Indian journal of veterinary science and animal husbandry - Volumes 22-23, 1952-1953
Year: 1952
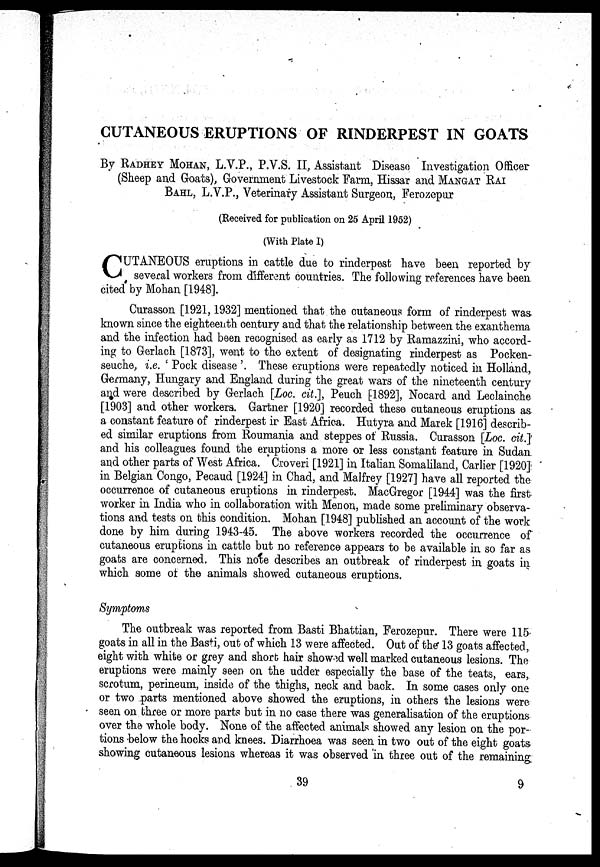
CUTANEOUS ERUPTIONS OF RINDERPEST IN GOATS
By RADHEY MOHAN, L.V.P., P.V.S. II, Assistant Disease Investigation Officer
(Sheep and Goats), Government Livestock Farm, Hissar and MANGAT RAI
BAHL, L.V.P., Veterinary Assistant Surgeon, Ferozepur
(Received for publication on 25 April 1952)
(With Plate I)
C UTANEOUS eruptions in cattle due to rinderpest have been reported by
several workers from different countries. The following references have been
cited by Mohan [1948].
Curasson [1921, 1932] mentioned that the cutaneous form of rinderpest was
known since the eighteenth century and that the relationship between the exanthema
and the infection had been recognised as early as 1712 by Ramazzini, who accord-
ing to Gerlach [1873], went to the extent of designating rinderpest as Pocken-
seuche, i.e. 'Pock disease'. These eruptions were repeatedly noticed in Holland,
Germany, Hungary and England during the great wars of the nineteenth century
and were described by Gerlach [LOC. cit.], Peuch [1892], Nocard and Leclainche
[1903] and other workers. Gartner [1920] recorded these cutaneous eruptions as
a constant feature of rinderpest in East Africa. Hutyra and Marek [1916] describ-
ed similar eruptions from Roumania and steppes of Russia. Curasson [LOC. cit.]
and his colleagues found the eruptions a more or less constant feature in Sudan
and other parts of West Africa. Croveri [1921] in Italian Somaliland, Carlier [1920]
in Belgian Congo, Pecaud [1924] in Chad, and Malfrey [1927] have all reported the
occurrence of cutaneous eruptions in rinderpest. MacGregor [1944] was the first
worker in India who in collaboration with Menon, made some preliminary observa-
tions and tests on this condition. Mohan [1948] published an account of the work
done by him during 1943-45. The above workers recorded the occurrence of
cutaneous eruptions in cattle but no reference appears to be available in so far as
goats are concerned. This note describes an outbreak of rinderpest in goats in
which some of the animals showed cutaneous eruptions.
Symptoms
The outbreak was reported from Basti Bhattian, Ferozepur. There were 115
goats in all in the Basti, out of which 13 were affected. Out of the 13 goats affected,
eight with white or grey and short hair showed well marked cutaneous lesions. The
eruptions were mainly seen on the udder especially the base of the teats, ears,
scrotum, perineum, inside of the thighs, neck and back. In some cases only one
or two parts mentioned above showed the eruptions, in others the lesions were
seen on three or more parts but in no case there was generalisation of the eruptions
over the whole body. None of the affected animals showed any lesion on the por-
tions below the hocks and knees. Diarrhoea was seen in two out of the eight goats
showing cutaneous lesions whereas it was observed in three out of the remaining
39
9